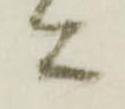
言